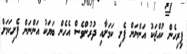
ފިރިހެން ކުއްޖަކު އަންނަން ފެށި ކަމަށާއި ދުރުންވެސް އެހެން ބަޔަކު އަންނަން ފެށިކަމަށް